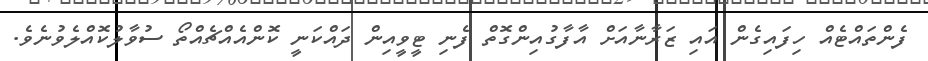
ފެންތައްޓެއް ހިފައިގެން އައި ޒަރާނާއަށް އާފާގުއިންގޮތް ފެނި ޓީވީއިން ދައްކަނީ ކޮންއެއްޗެއްތޯ ސުވާލުކޮއްލެވުނެވެ.